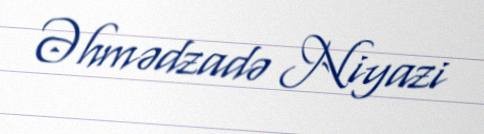
Əhmədzadə Niyazi